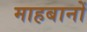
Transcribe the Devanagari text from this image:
माहबानों